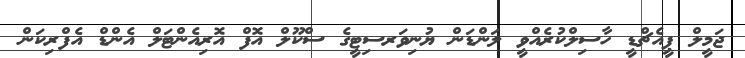
ޖަމީލް ޕީއެޗްޑީ ހާސިލްކުރެއްވީ ލަންޑަން ޔުނިވަރސިޓީގެ ސްކޫލް އޮފް އޮރިއެންޓަލް އެންޑް އެފްރިކަން